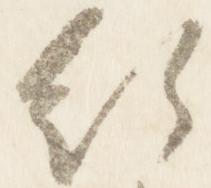
行